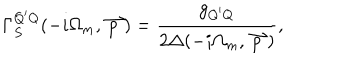
\Gamma _ { S } ^ { Q ^ { \prime } Q } ( - i \Omega _ { m } , \stackrel { \rightharpoonup } { p } ) = \frac { g _ { Q ^ { \prime } Q } } { 2 \Delta ( - i \Omega _ { m } , \stackrel { \rightharpoonup } { p } ) } ,